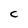
Character: c